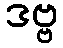
ဒဗ္ဗ